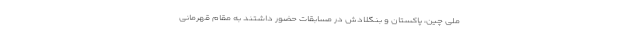
ملی چین، پاکستان و بنگلادش در مسابقات حضور داشتند به مقام قهرمانی